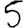
Digit: 5